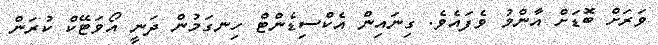
ވަރަށް ބޮޑަށް އާންމު ވެފައެވެ. ގިނައިން އެކްސިޑެންޓް ހިނގަމުން ދަނީ އޯވަޓޭކް ކުރަން